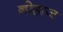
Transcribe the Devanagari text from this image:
नोहाज